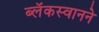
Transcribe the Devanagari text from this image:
ब्लॅकस्वानने